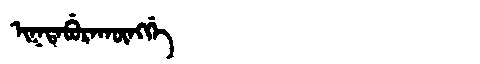
Manchu: ᡳᡴᡨᠠᠪᡠᡵᠠᡴᡡᠩᡤᡝ
Romanization: IKTABURAKŪNGGE